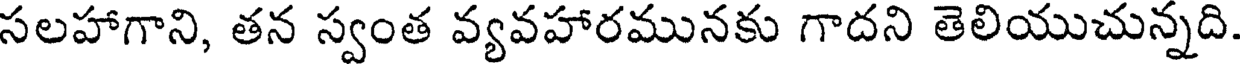
సలహాగాని, తన స్వంత వ్యవహారమునకు గాదని తెలియుచున్నది